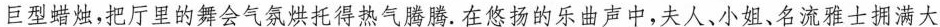
巨型蜡烛，把厅里的舞会气氛烘托得热气腾腾。在悠扬的乐曲声中，夫人、小姐、名流雅士拥满大